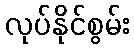
လုပ်နိုင်စွမ်း